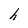
Character: h